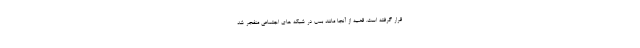
قرار گرفته است. قضیه از آنجا مانند بمب در شبکه های اجتماعی منفجر شد